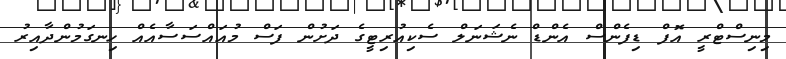
މިނިސްޓްރީ އޮފް ޑިފެންސް އެންޑް ނެޝަނަލް ސެކިއުރިޓީގެ ދަށުން ފަސް މުއައްސަސާއެއް ހިނގަމުންދާއިރު